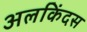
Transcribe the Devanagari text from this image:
अलकिंदस